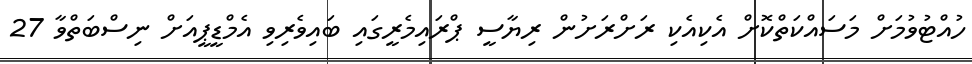
ހުއްޓުވުމަށް މަސައްކަތްކޮށް އެކިއެކި ރަށްރަށުން ރިޔާސީ ޕްރައިމެރީގައި ބައިވެރިވި އެމްޑީޕީއަށް ނިސްބަތްވާ 27